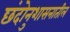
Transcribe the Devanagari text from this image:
छंदोनुशासनातील